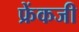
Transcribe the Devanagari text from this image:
फ्रेंकजी